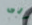
الى